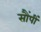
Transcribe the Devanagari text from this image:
सौंपीं